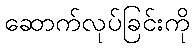
ဆောက်လုပ်ခြင်းကို